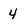
Character: 4